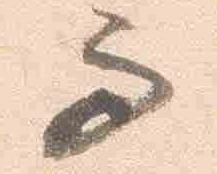
而